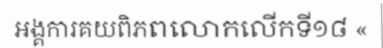
អង្គការគយពិភពលោកលើកទី១៨ «